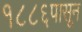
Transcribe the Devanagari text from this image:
१८८६पासून